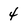
Character: 4